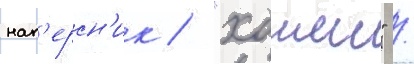
нап'ерсн'ик / "хошен" /